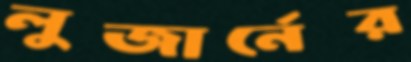
লুজার্নের